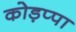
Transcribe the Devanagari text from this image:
कोड़प्पा